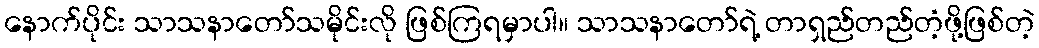
နောက်ပိုင်း သာသနာတော်သမိုင်းလို ဖြစ်ကြရမှာပါ။ သာသနာတော်ရဲ့ တာရှည်တည်တံ့ဖို့ဖြစ်တဲ့